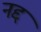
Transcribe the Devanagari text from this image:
नद्द